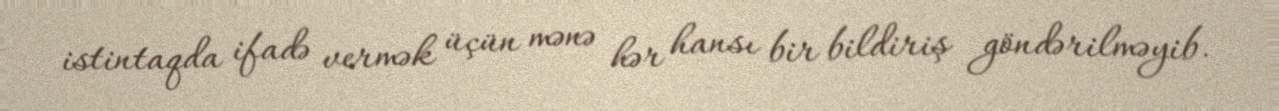
istintaqda ifadə vermək üçün mənə hər hansı bir bildiriş göndərilməyib.